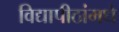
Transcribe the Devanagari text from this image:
विद्यापीठांमधे